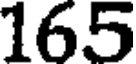
165